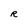
Character: R